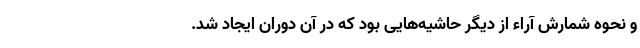
و نحوه شمارش آراء از دیگر حاشیه‌هایی بود که در آن دوران ایجاد شد.